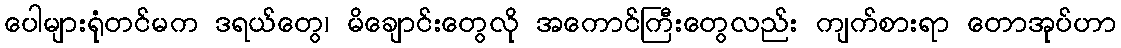
ပေါများရုံတင်မက ဒရယ်တွေ၊ မိချောင်းတွေလို အကောင်ကြီးတွေလည်း ကျက်စားရာ တောအုပ်ဟာ